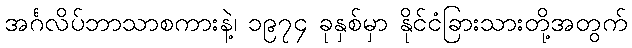
အင်္ဂလိပ်ဘာသာစကားနဲ့၊ ၁၉၇၄ ခုနှစ်မှာ နိုင်ငံခြားသားတို့အတွက်